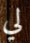
لي